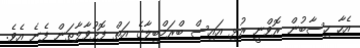
އެހާ ހިސާބުން ރޮވްނީ ރުޅި އައިސް ބްރަމްބިލާގެ އަތް ފޮޅުވާލާތަން ފެނެ އެވެ.